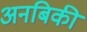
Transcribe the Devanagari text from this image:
अनबिकी